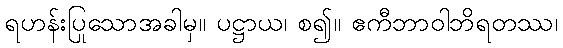
ရဟန်းပြုသောအခါမှ။ ပဋ္ဌာယ၊ စ၍။ ဧကီဘာဝါဘိရတဿ၊